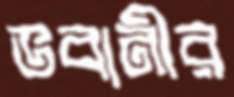
ভবানীর